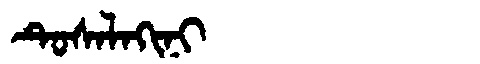
Manchu: ᡨᡠᠰᠠᠯᠠᡴᡳᠨᡳ
Romanization: TUSALAKINI